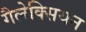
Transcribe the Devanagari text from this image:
गैलेक्सियन